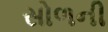
સોળની